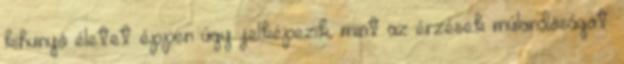
kihunyó életet éppen úgy jelképezik, mint az érzések múlandóságát.